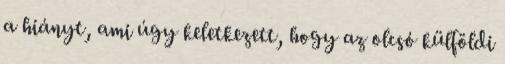
a hiányt, ami úgy keletkezett, hogy az olcsó külföldi